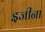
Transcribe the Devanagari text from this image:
इजीना